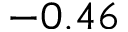
- 0 . 4 6